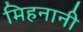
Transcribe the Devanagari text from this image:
मिहनानी